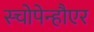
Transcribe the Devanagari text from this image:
स्चोपेन्हौएर